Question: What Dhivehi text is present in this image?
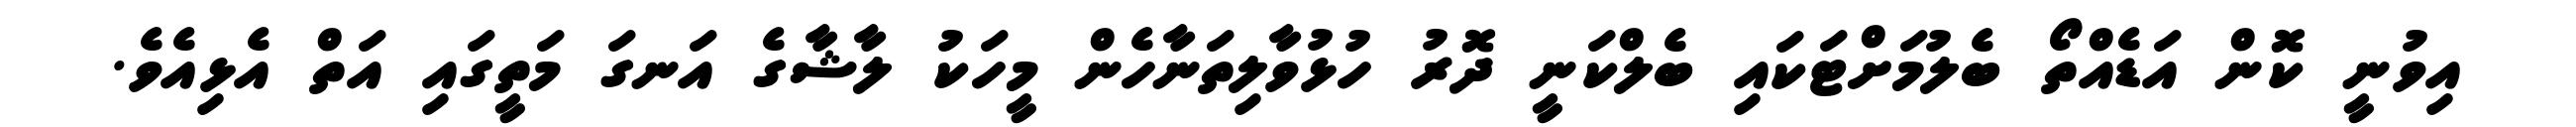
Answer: އިވުނީ ކޮން އަޑެއްތޯ ބެލުމަށްޓަކައި ބެލްކަނީ ދޮރު ހުޅުވާލިތަނާހެން މީހަކު ލާޝާގެ އަނގަ މަތީގައި އަތް އެޅިއެވެ.